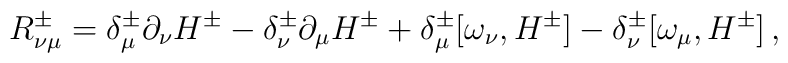
R_{\nu\mu}^\pm =  \delta_{\mu}^\pm \partial_\nu H^\pm -\delta_{\nu}^\pm \partial_\mu H^\pm +\delta_\mu^\pm[\omega_\nu , H^\pm ] -\delta_\nu^\pm[\omega_\mu , H^\pm ]\,,